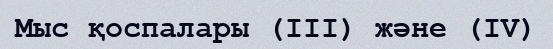
Мыс қоспалары (ІІІ) және (ІV)